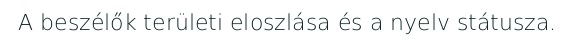
A beszélők területi eloszlása és a nyelv státusza.